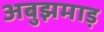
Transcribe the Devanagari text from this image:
अबुझमाड़